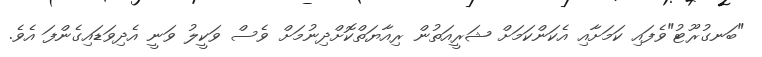
"ބަނގުރޫޓު"ވެފައި ކަމަށާއި އެކަންކަމަށް ޝަރީއަތުން ރިއާޔަތްކޮށްދިނުމަށް ވެސް ވަކީލު ވަނީ އެދިވަޑައިގެންފަ އެވެ.